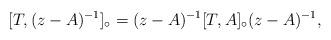
LaTeX: \begin{align*}[T,(z-A)^{-1}]_{\circ} = (z-A)^{-1}[T,A]_{\circ}(z-A)^{-1},\end{align*}